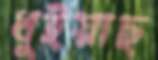
ধুইয়াছ